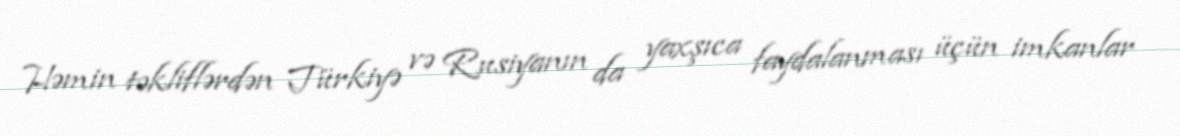
Həmin təkliflərdən Türkiyə və Rusiyanın da yaxşıca faydalanması üçün imkanlar